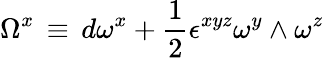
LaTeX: \Omega^{x}\, \equiv\, d\omega^{x}+{\frac{1}{2}}\epsilon^{xyz}\omega^{y}\wedge\omega^{z}